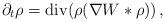
LaTeX: \begin{align*} \partial_t \rho = \mbox{div} (\rho (\nabla W * \rho))\,,\end{align*}